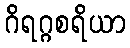
ဂိရဂ္ဂစရိယာ